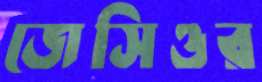
জেসিওর